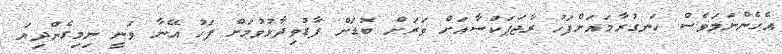
އެހެންނަމަވެސް ހަނގުރާމައަށްފަހު ރާޖަޕަކްސާއަށް ވަރަށް ބޮޑަށް ފާޑުވިދާޅުވުމަށް ފަހު އޭނާ ވަނީ ނިމިގެންދިޔަ